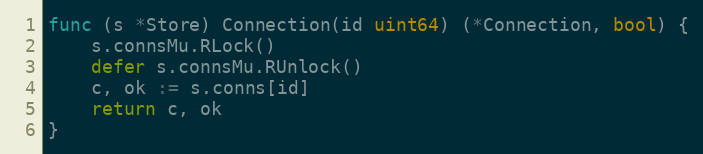
Language: Go
func (s *Store) Connection(id uint64) (*Connection, bool) {
	s.connsMu.RLock()
	defer s.connsMu.RUnlock()
	c, ok := s.conns[id]
	return c, ok
}